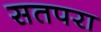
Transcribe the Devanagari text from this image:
सतपरा